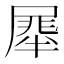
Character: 𭕯